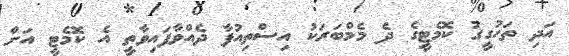
އަދި ތަހުގީގު ކޮމެޓީގެ ދެ މެމްބަރަކު އިސްތިއުފާ ދެއްވާފައިވާތީ އެ ކޮމެޓީ އަށް